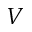
V